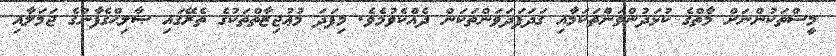
މީސްތަކުންނަށް މާތްގެ ކުޅަދުންވަންތަކަމާއި ގަދަފަދަވަންތަކަން ދެއްކެވުމެވެ. މިފަދަ މުޢުޖިޒާތްތަކުގެ ތެރޭގައި ޞާލިޙްގެފާނުގެ ޖަމަލާއި